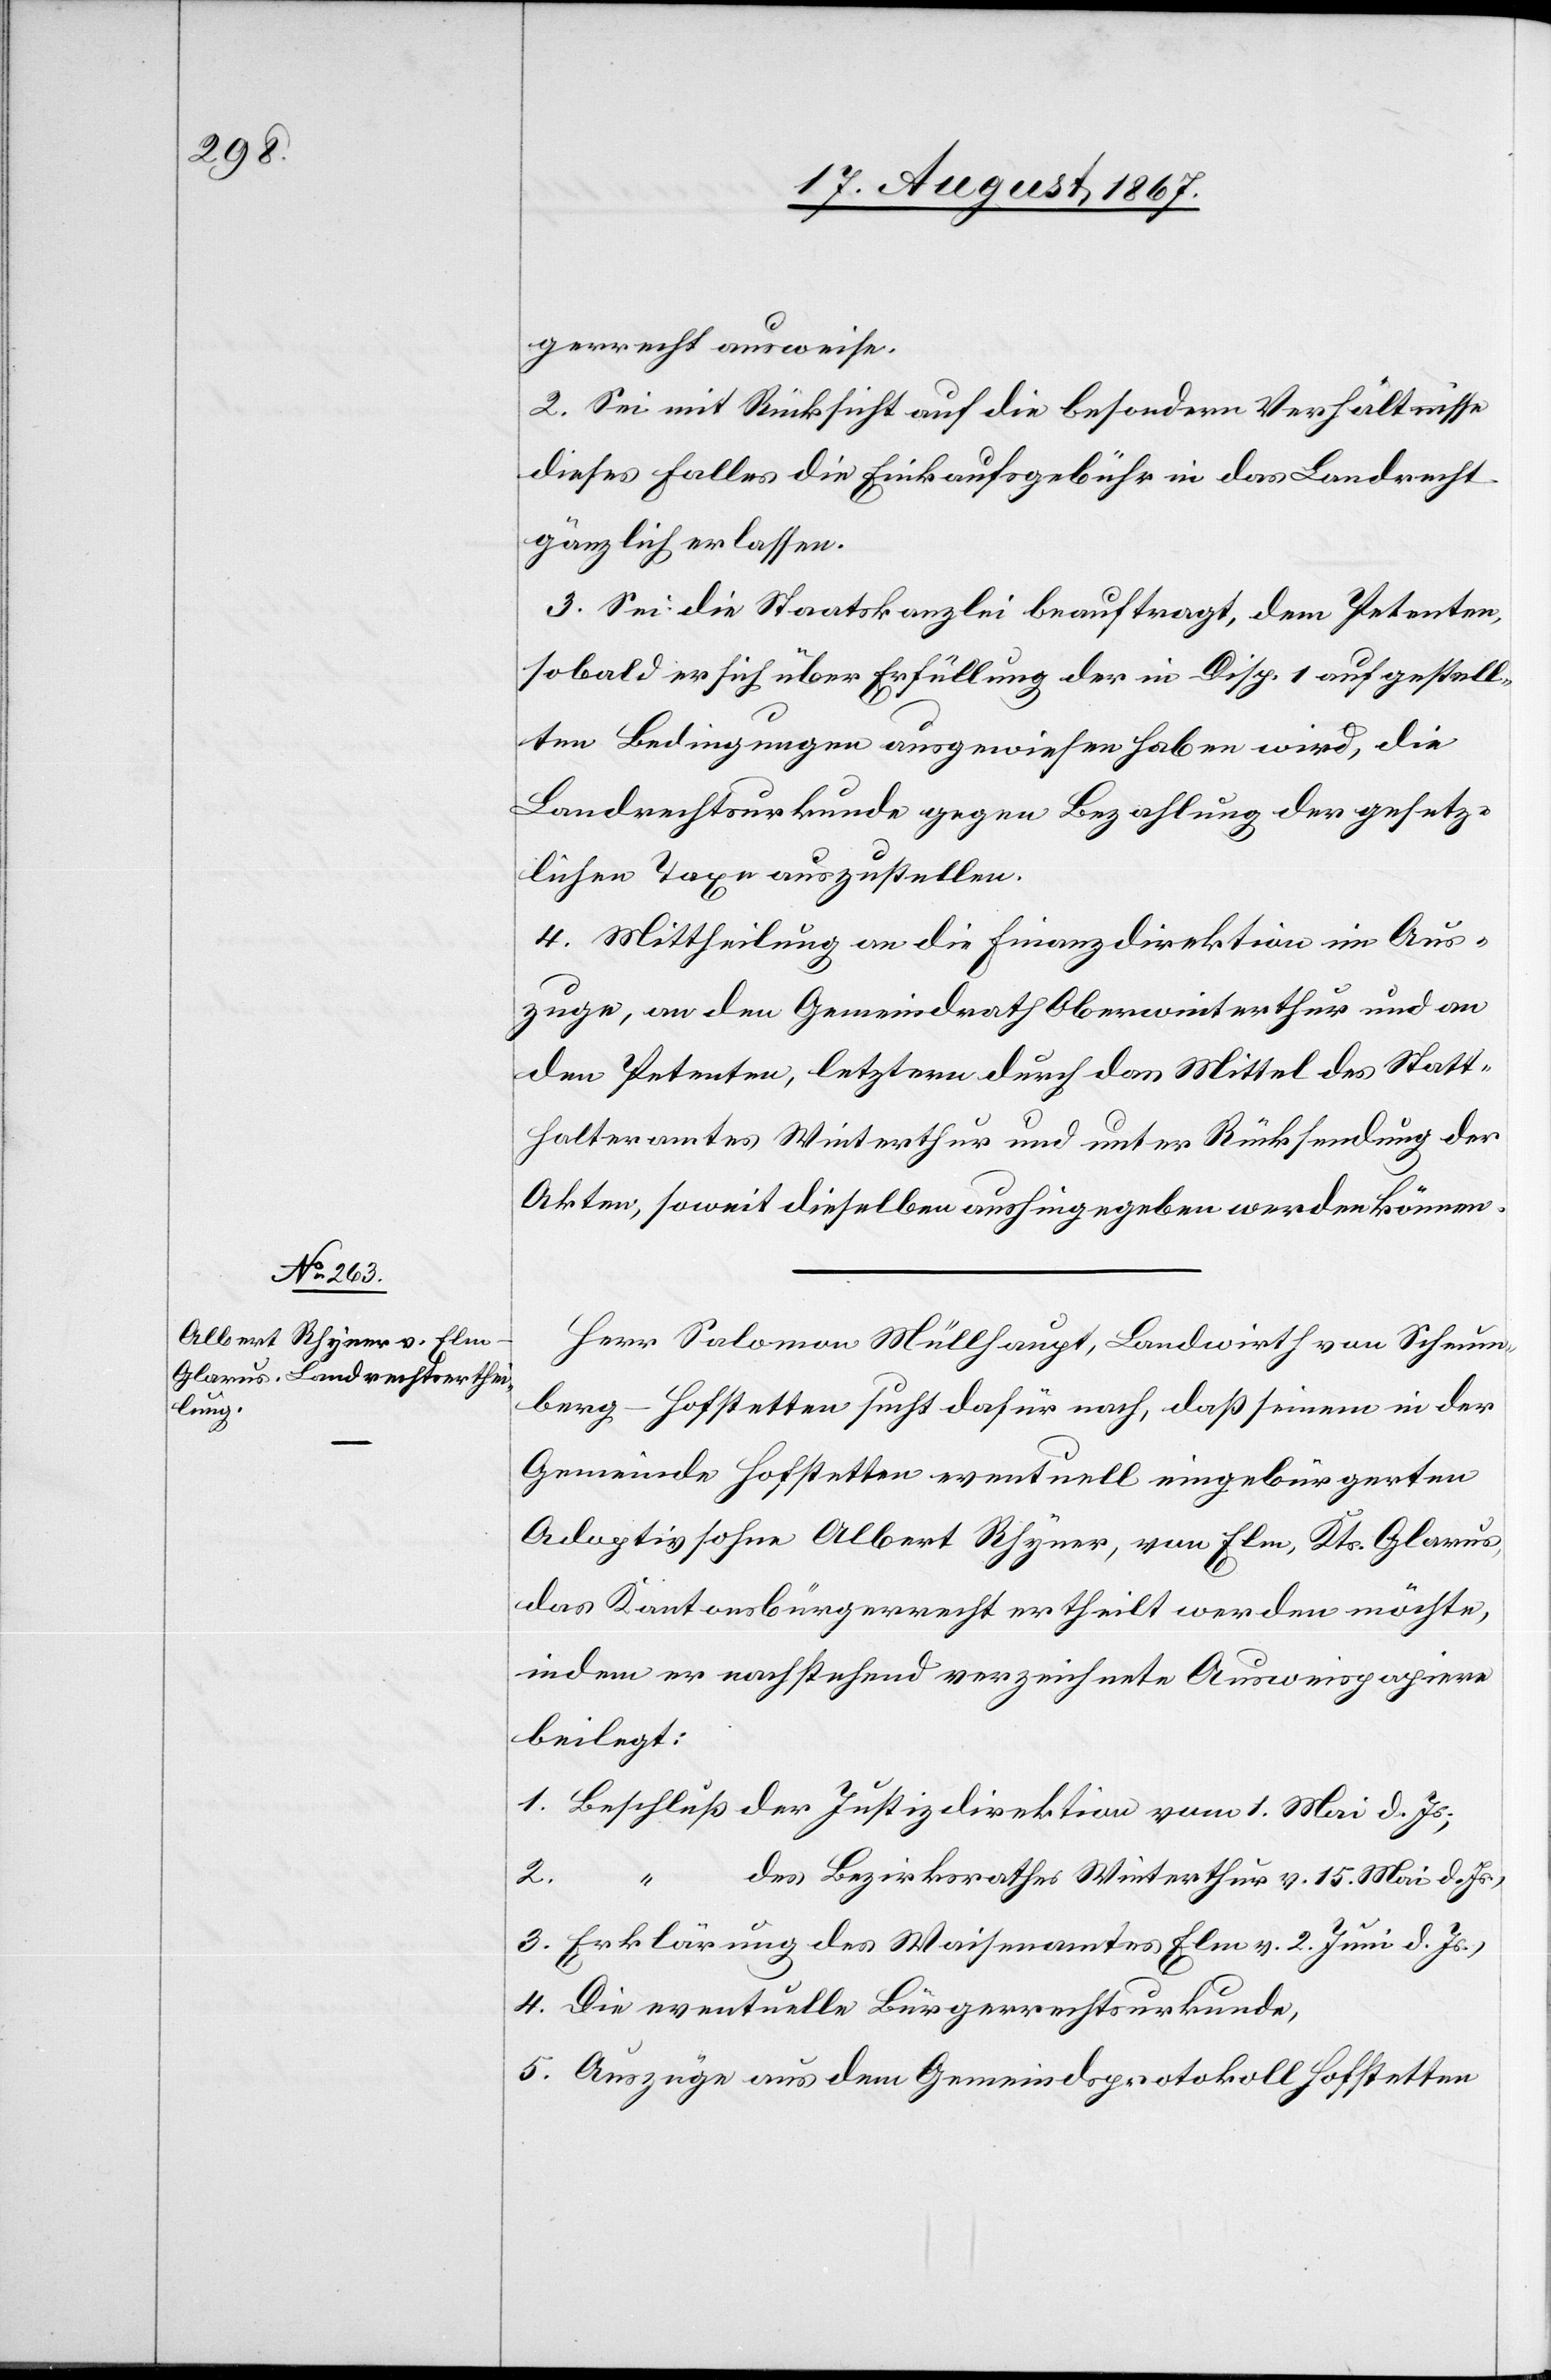
gerrecht ausweise.
2. Sei mit Rücksicht auf die besonderen Verhältnisse
dieses Falles die Einkaufsgebühr in das Landrecht
gänzlich erlassen.
3. Sei die Staatskanzlei beauftragt, dem Petenten,
so bald er sich über Erfüllung der in Disp. 1 aufgestell¬
ten Bedingungen ausgewiesen haben wird, die
Landrechtsurkunde gegen Bezahlung der gesetz¬
lichen Taxe auszustellen.
4. Mittheilung an die Finanzdirektion im Aus¬
zuge, an den Gemeindrath Oberwinterthur und an
den Petenten, letztern durch das Mittel des Statt¬
halteramtes Winterthur und unter Rücksendung der
Akten, soweit dieselbe aushingegeben werden können.
Herr Salomon Müllhaupt, Landwirth von Scheun¬
berg - Hofstetten sucht dafür nach, daß seinem in der
Gemeinde Hofstetten eventuell eingebürgerten
Adoptivsohn Albert Rhyner, von Elm, Kts. Glarus,
das Kantonsbürgerrecht ertheilt werden möchte,
indem er nachstehend verzeichnete Ausweispapiere
beilegt:
1. Beschluß der Justizdirektion vom 1. Mai d. Js;
2.
des Bezirksrathes Winterthur v. 15. Mai d. Js.,
3. Erklärung des Waisenamtes Elm v. 2. Juni d. Js.,
4. Die eventuelle Bürgerrechtsurkunde,
5. Auszüge aus dem Gemeindsprotokoll Hofstetten